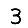
Digit: 3